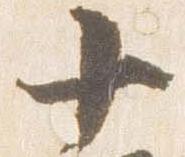
十